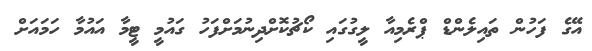
އޭގެ ފަހުން ތައިލެންޑް ޕްރެމިއާ ލީގުގައި ކޯޗުކޮށްދިނުމަށްފަހު ގައުމީ ޓީމާ އައުމާ ހަމައަށް